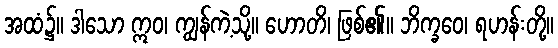
အထံ၌။ ဒါသော ဣဝ၊ ကျွန်ကဲ့သို့။ ဟောတိ၊ ဖြစ်၏။ ဘိက္ခဝေ၊ ရဟန်းတို့။